Civil Veterinary Dept. North-West Frontier Province 1901-22 - 1901-1922
Year: 1901
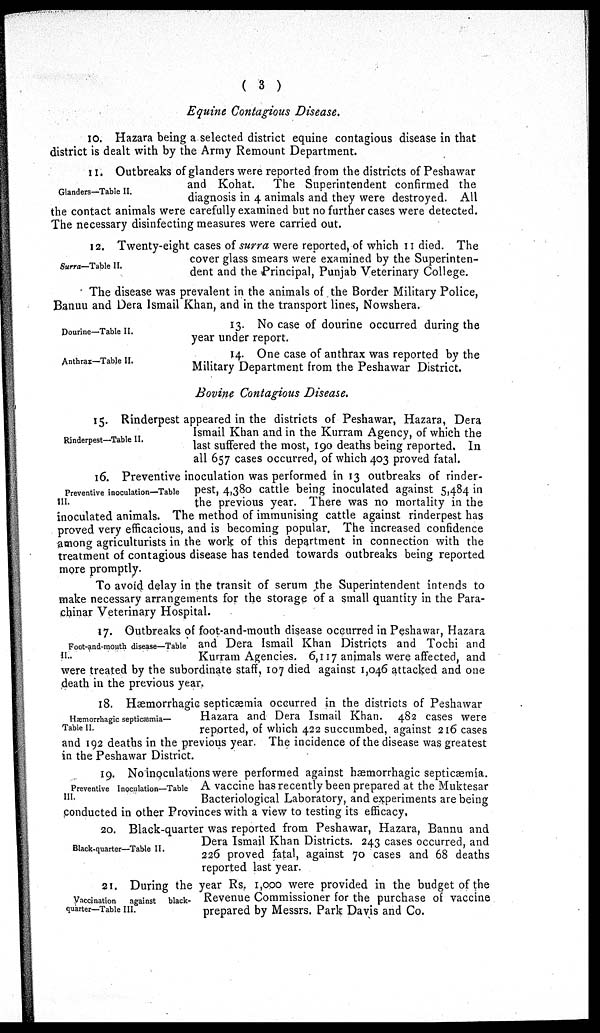
( 3 )
Equine Contagious Disease.
10. Hazara being a selected district equine contagious disease in that
district is dealt with by the Army Remount Department.
Glanders—Table II.
11. Outbreaks of glanders were reported from the districts of Peshawar
and Kohat.
The Superintendent confirmed the
diagnosis in 4 animals and they were destroyed. All
the contact animals were carefully examined but no further cases were detected.
The necessary disinfecting measures were carried out.
Surra—Table II.
12. Twenty-eight cases of surra were reported, of which 11 died. The
cover glass smears were examined by the Superinten-
dent and the Principal, Punjab Veterinary College.
The disease was prevalent in the animals of the Border Military Police,
Banuu and Dera Ismail Khan, and in the transport lines, Nowshera.
Dourine—Table II.
13. No case of dourine occurred during the
year under report.
Anthrax—Table II.
14. One case of anthrax was reported by the
Military Department from the Peshawar District.
Bovine Contagious Disease.
Rinderpest—Table II.
15. Rinderpest appeared in the districts of Peshawar, Hazara, Dera
Ismail Khan and in the Kurram Agency, of which the
last suffered the most, 190 deaths being reported. In
all 657 cases occurred, of which 403 proved fatal.
Preventive inoculation—Table
III.
16. Preventive inoculation was performed in 13 outbreaks of rinder-
pest, 4,380 cattle being inoculated against 5,484 in
the previous year. There was no mortality in the
inoculated animals. The method of immunising cattle against rinderpest has
proved very efficacious, and is becoming popular. The increased confidence
among agriculturists in the work of this department in connection with the
treatment of contagious disease has tended towards outbreaks being reported
more promptly.
To avoid delay in the transit of serum the Superintendent intends to
make necessary arrangements for the storage of a small quantity in the Para-
chinar Veterinary Hospital.
Foot-and-mouth disease—Table
II..
17. Outbreaks of foot-and-mouth disease occurred in Peshawar, Hazara
and Dera Ismail Khan Districts and Tochi and
Kurram Agencies. 6,117 animals were affected, and
were treated by the subordinate staff, 107 died against 1,046 attacked and one
death in the previous year.
Hæmorrhagic septicæmia—
Table II.
18. Hæmorrhagic septicæmia occurred in the districts of Peshawar
Hazara and Dera Ismail Khan. 482 cases were
reported, of which 422 succumbed, against 216 cases
and 192 deaths in the previous year. The incidence of the disease was greatest
in the Peshawar District.
Preventive Inoculation—Table
III.
19. No inoculations were performed against hæmorrhagic septicæmia.
A vaccine has recently been prepared at the Muktesar
Bacteriological Laboratory, and experiments are being
conducted in other Provinces with a view to testing its efficacy.
Black-quarter—Table II.
20. Black-quarter was reported from Peshawar, Hazara, Bannu and
Dera Ismail Khan Districts. 243 cases occurred, and
226 proved fatal, against 70 cases and 68 deaths
reported last year.
Vaccination
against black¬
quarter—Table III.
21. During the year Rs. 1,000 were provided in the budget of the
Revenue Commissioner for the purchase of vaccine
prepared by Messrs. Park Davis and Co.